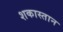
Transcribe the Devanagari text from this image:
शकास्तान